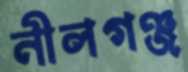
নীলগঞ্জ